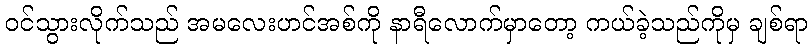
ဝင်သွားလိုက်သည် အမလေးဟင်အစ်ကို နာရီလောက်မှာတော့ ကယ်ခဲ့သည်ကိုမှ ချစ်ရာ